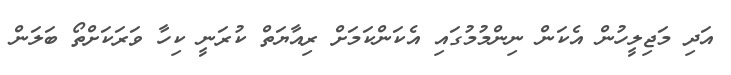
އަދި މަޖިލީހުން އެކަން ނިންމުމުގައި އެކަންކަމަށް ރިއާޔަތް ކުރަނީ ކިހާ ވަރަކަށްތޯ ބަލަން